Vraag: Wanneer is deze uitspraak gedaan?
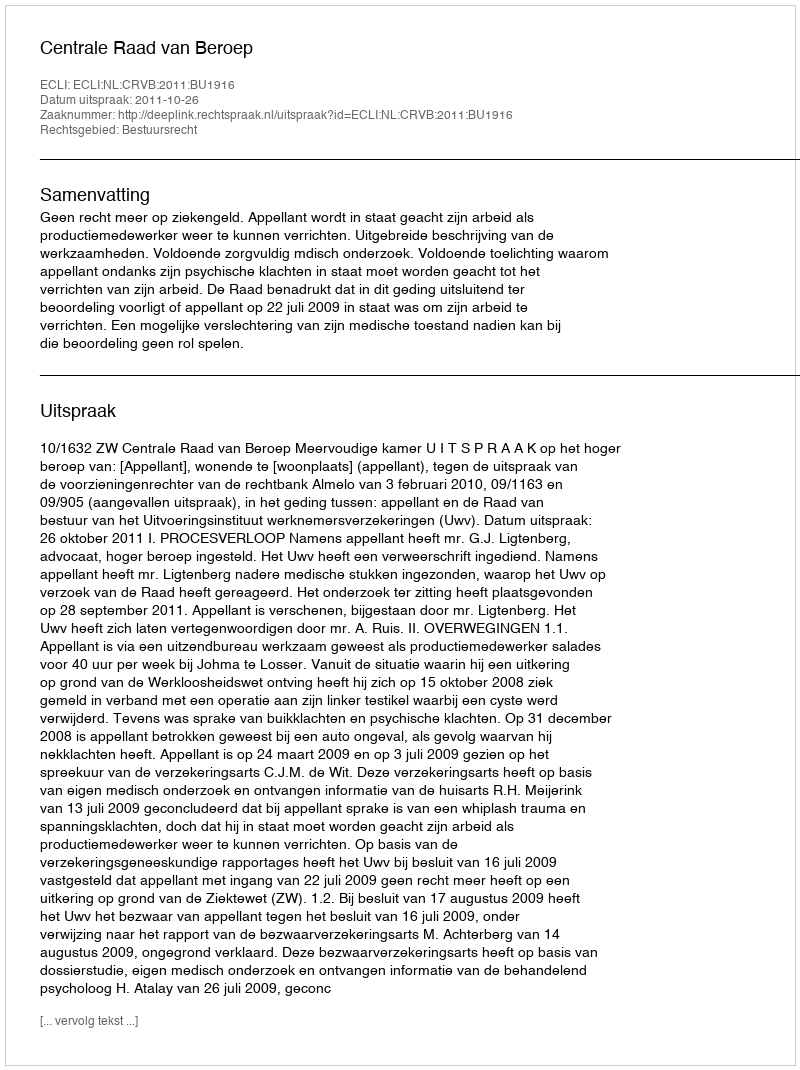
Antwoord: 2011-10-26